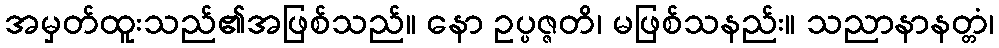
အမှတ်ထူးသည်၏အဖြစ်သည်။ နော ဥပ္ပဇ္ဇတိ၊ မဖြစ်သနည်း။ သညာနာနတ္တံ၊